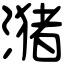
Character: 潴